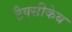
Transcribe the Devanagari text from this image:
टैक्सीकेब